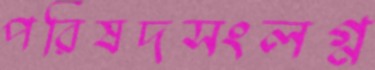
পরিষদসংলগ্ন